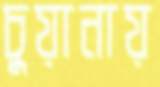
চুয়ানায়